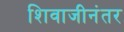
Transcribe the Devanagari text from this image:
शिवाजीनंतर